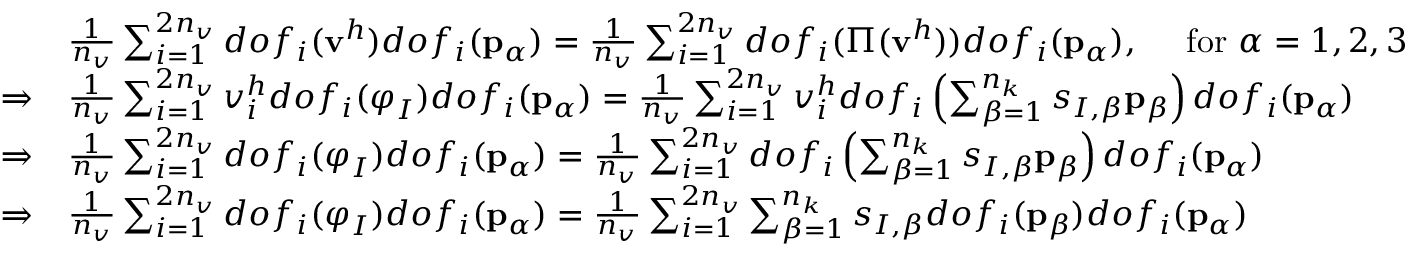
\begin{array} { r l } & { \frac { 1 } { n _ { v } } \sum _ { i = 1 } ^ { 2 n _ { v } } d o f _ { i } ( \mathbf { v } ^ { h } ) d o f _ { i } ( \mathbf { p } _ { \alpha } ) = \frac { 1 } { n _ { v } } \sum _ { i = 1 } ^ { 2 n _ { v } } d o f _ { i } ( \Pi ( \mathbf { v } ^ { h } ) ) d o f _ { i } ( \mathbf { p } _ { \alpha } ) , \quad \mathrm { \normalfont ~ f o r } \ \alpha = 1 , 2 , 3 } \\ { \Rightarrow } & { \frac { 1 } { n _ { v } } \sum _ { i = 1 } ^ { 2 n _ { v } } v _ { i } ^ { h } d o f _ { i } ( \boldsymbol { \varphi } _ { I } ) d o f _ { i } ( \mathbf { p } _ { \alpha } ) = \frac { 1 } { n _ { v } } \sum _ { i = 1 } ^ { 2 n _ { v } } v _ { i } ^ { h } d o f _ { i } \left( \sum _ { \beta = 1 } ^ { n _ { k } } s _ { I , \beta } \mathbf { p } _ { \beta } \right) d o f _ { i } ( \mathbf { p } _ { \alpha } ) } \\ { \Rightarrow } & { \frac { 1 } { n _ { v } } \sum _ { i = 1 } ^ { 2 n _ { v } } d o f _ { i } ( \boldsymbol { \varphi } _ { I } ) d o f _ { i } ( \mathbf { p } _ { \alpha } ) = \frac { 1 } { n _ { v } } \sum _ { i = 1 } ^ { 2 n _ { v } } d o f _ { i } \left( \sum _ { \beta = 1 } ^ { n _ { k } } s _ { I , \beta } \mathbf { p } _ { \beta } \right) d o f _ { i } ( \mathbf { p } _ { \alpha } ) } \\ { \Rightarrow } & { \frac { 1 } { n _ { v } } \sum _ { i = 1 } ^ { 2 n _ { v } } d o f _ { i } ( \boldsymbol { \varphi } _ { I } ) d o f _ { i } ( \mathbf { p } _ { \alpha } ) = \frac { 1 } { n _ { v } } \sum _ { i = 1 } ^ { 2 n _ { v } } \sum _ { \beta = 1 } ^ { n _ { k } } s _ { I , \beta } d o f _ { i } ( \mathbf { p } _ { \beta } ) d o f _ { i } ( \mathbf { p } _ { \alpha } ) } \end{array}